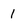
Character: 1